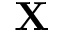
\mathbf { X }